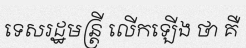
ទេសរដ្ឋមន្ត្រី លើកឡើង ថា គឺ